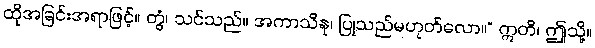
ထိုအခြင်းအရာဖြင့်။ တွံ၊ သင်သည်။ အကာသိနု၊ ပြုသည်မဟုတ်လော။” ဣတိ၊ ဤသို့။